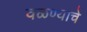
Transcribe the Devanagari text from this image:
वळण्याचे